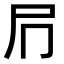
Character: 𭕔